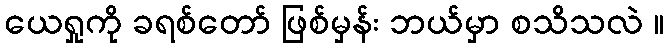
ယေရှုကို ခရစ်တော် ဖြစ်မှန်း ဘယ်မှာ စသိသလဲ ။